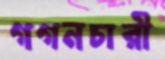
গগনচারী